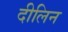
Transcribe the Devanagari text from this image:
दीलिन